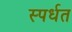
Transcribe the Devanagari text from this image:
स्पर्धत